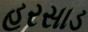
હરસાડ